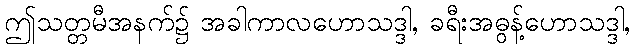
ဤသတ္တမီအနက်၌ အခါကာလဟောသဒ္ဒါ, ခရီးအဓွန့်ဟောသဒ္ဒါ,